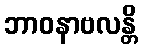
ဘာဝနာဗလန္တိ